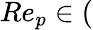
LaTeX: Re_{p}\in(